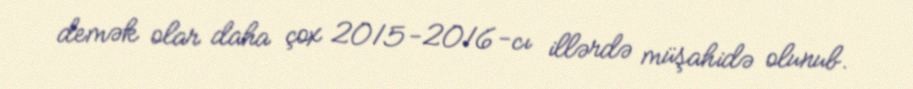
demək olar daha çox 2015-2016-cı illərdə müşahidə olunub.